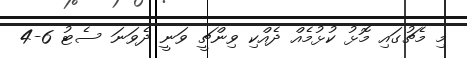
މި މެޗުގައި މޮޅު ކުޅުމެއް ދެއްކި ވިންޗީ ވަނީ ދެވަނަ ސެޓު 6-4